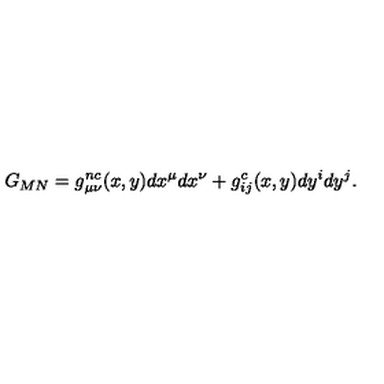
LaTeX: G _ { M N } = g _ { \mu \nu } ^ { n c } ( x , y ) d x ^ { \mu } d x ^ { \nu } + g _ { i j } ^ { c } ( x , y ) d y ^ { i } d y ^ { j } .